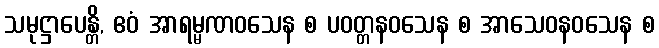
သမုဋ္ဌာပေန္တိ, ဧဝံ အာရမ္မဏဝသေန စ ပဝတ္တနဝသေန စ အာသေဝနဝသေန စ